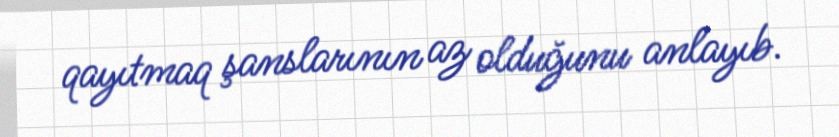
qayıtmaq şanslarının az olduğunu anlayıb.